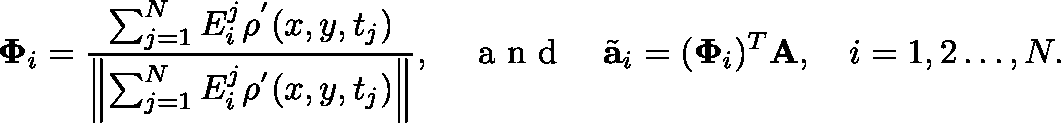
\boldsymbol { \Phi } _ { i } = \frac { \sum _ { j = 1 } ^ { N } E _ { i } ^ { j } \rho ^ { ' } ( x , y , t _ { j } ) } { \left\| \sum _ { j = 1 } ^ { N } E _ { i } ^ { j } \rho ^ { ' } ( x , y , t _ { j } ) \right\| } , \quad \mathrm { ~ a ~ n ~ d ~ } \quad \Tilde { \mathbf { a } } _ { i } = ( \mathbf { \Phi } _ { i } ) ^ { T } \mathbf { A } , \quad i = 1 , 2 \ldots , N .